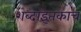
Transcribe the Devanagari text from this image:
शब्दांइतकाच